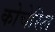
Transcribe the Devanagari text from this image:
कोचेरिल